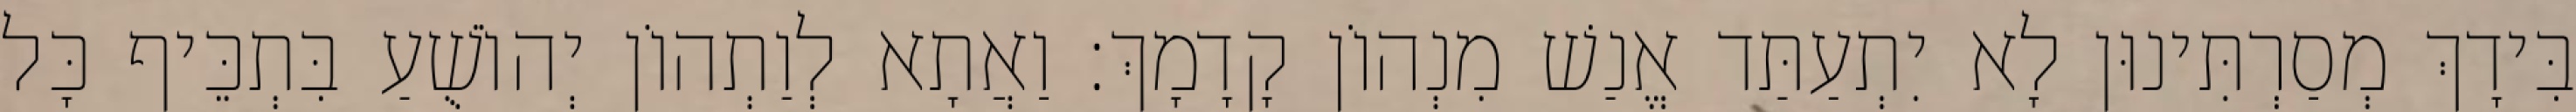
בִּידָךְ מְסַרְתִּינוּן לָא יִתְעַתַּד אֱנַשׁ מִנְהוֹן קָדָמָךְ׃ וַאֲתָא לְוַתְהוֹן יְהוֹשֻׁעַ בִּתְכֵּיף כָּל